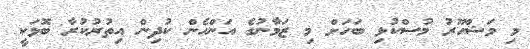
މި މަޝްހޫރު މުސްކުޅި ބަހަށް މި ޒަމާނުގެ އަންހެން ކުދިން އިތުރުކުރާ ބޮޅަކީ